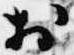
於